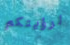
لرؤيتكم